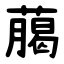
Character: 﨟